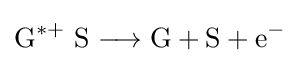
{\mathrm {G} {\vphantom {A}}^{\ast +}~\mathrm {S} {}\mathrel {\longrightarrow } {}\mathrm {G} {}+{}\mathrm {S} {}+{}\mathrm {e} {\vphantom {A}}^{-}}